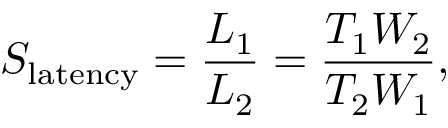
S _ { \mathrm { l a t e n c y } } = { \frac { L _ { 1 } } { L _ { 2 } } } = { \frac { T _ { 1 } W _ { 2 } } { T _ { 2 } W _ { 1 } } } ,